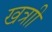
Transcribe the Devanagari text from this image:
खत्राी